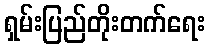
ရှမ်းပြည်တိုးတက်ရေး